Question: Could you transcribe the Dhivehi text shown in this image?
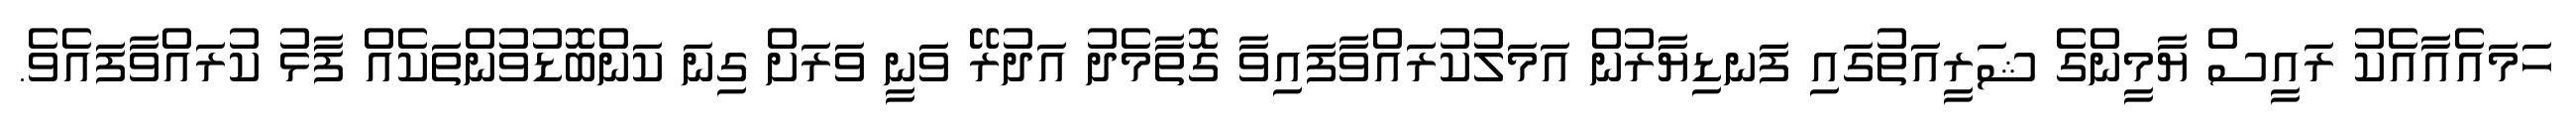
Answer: ހަމައެއާއެކު ރައީސް ޔާމީންގެ ޝަރީއަތުގައި ފަނޑިޔާރުން އަމަލުކުރައްވާފައިވާ ގޮތާމެދު އަދުރޭ ވަނީ ވަރަށް ގިނަ ކަންބޮޑުވުންތަކެއް ފާޅު ކުރައްވާފައެވެ.